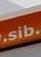
sib